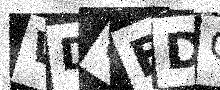
Text: WDQBDQ